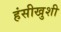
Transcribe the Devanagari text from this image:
हंसीखुशी